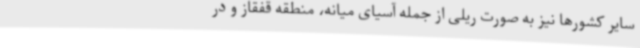
سایر کشورها نیز به صورت ریلی از جمله آسیای میانه، منطقه قفقاز و در